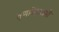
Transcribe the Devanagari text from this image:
तृणबिढारासी